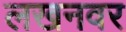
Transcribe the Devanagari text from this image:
लखनवर